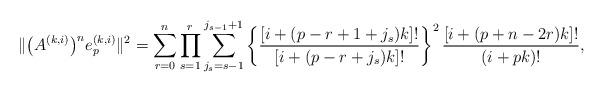
LaTeX: \begin{align*}\| \big(A^{(k, i)}\big)^n e^{(k, i)}_{p} \|^{2} = \sum_{r=0}^{n} \prod_{s=1}^{r} \sum_{j_{s}=s-1}^{j_{s-1}+1} \left\{\frac{[i+(p-r+1+j_{s})k]!}{[i+(p-r+j_{s})k]!}\right\}^{2} \frac{[i+(p+n-2r)k]!}{(i+pk)!},\end{align*}